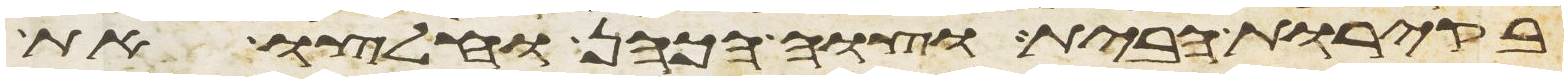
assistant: בקירות הבית וצוה הכהן וחלצו את